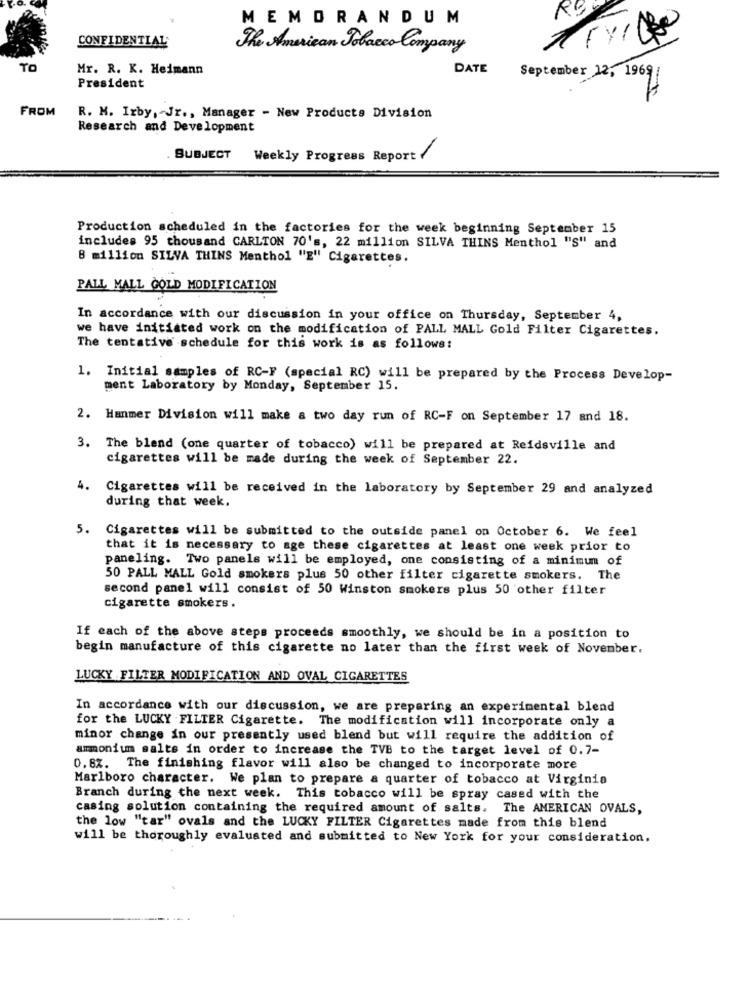
MEMORANDUM
CONFIDENTIAL
The American Tobacco Company
TO
Mr. R. K. Heimann
DATE
President
September 12, 1969/
FROM
R. M. Irby, - Jr ., Manager - New Products Division
Research and Development
SUBJECT
Weekly Progress Report
Production scheduled in the factories for the week beginning September 15
includes 95 thousand CARLTON 70's, 22 million SILVA THINS Menthol "S" and
8 million SILVA THINS Menthol "E" Cigarettes.
PALL MALL GOLD MODIFICATION
In accordance with our discussion in your office on Thursday, September 4,
we have initiated work on the modification of PALL MALL Gold Filter Cigarettes.
The tentative schedule for this work is as follows:
1. Initial samples of RC-F (special RC) will be prepared by the Process Develop-
ment Laboratory by Monday, September 15.
2. Hanmer Division will make a two day run of RC-F on September 17 and 18.
3. The blend (one quarter of tobacco) will be prepared at Reidsville and
cigarettes will be made during the week of September 22.
4.
Cigarettes will be received in the laboratory by September 29 and analyzed
during that week.
5. Cigarettes will be submitted to the outside panel on October 6. We feel
that it is necessary to age these cigarettes at least one week prior to
paneling. Two panels will be employed, one consisting of a minimum of
50 PALL MALL Gold smokers plus 50 other filter cigarette smokers. The
second panel will consist of 50 Winston smokers plus 50 other filter
cigarette smokers.
If each of the above steps proceeds smoothly, we should be in a position to
begin manufacture of this cigarette no later than the first week of November.
LUCKY FILTER MODIFICATION AND OVAL CIGARETTES
In accordance with our discussion, we are preparing an experimental blend
for the LUCKY FILTER Cigarette. The modification will incorporate only a
minor change in our presently used blend but will require the addition of
ammonium salts in order to increase the TVB to the target level of 0.7-
0. 8%. The finishing flavor will also be changed to incorporate more
Marlboro character. We plan to prepare a quarter of tobacco at Virginia
Branch during the next week. This tobacco will be spray cased with the
casing solution containing the required amount of salts. The AMERICAN OVALS,
the low "tar" ovals and the LUCKY FILTER Cigarettes made from this blend
will be thoroughly evaluated and submitted to New York for your consideration.